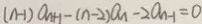
( n - 1 ) a _ { n + 1 } - ( n - 2 ) a _ { 1 } - 2 a _ { n - 1 } = 0